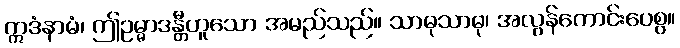
ဣဒံနာမံ၊ ဤဥမ္မာဒန္တီဟူသော အမည်သည်။ သာဓုသာဓု၊ အလွန်ကောင်းပေစွ။